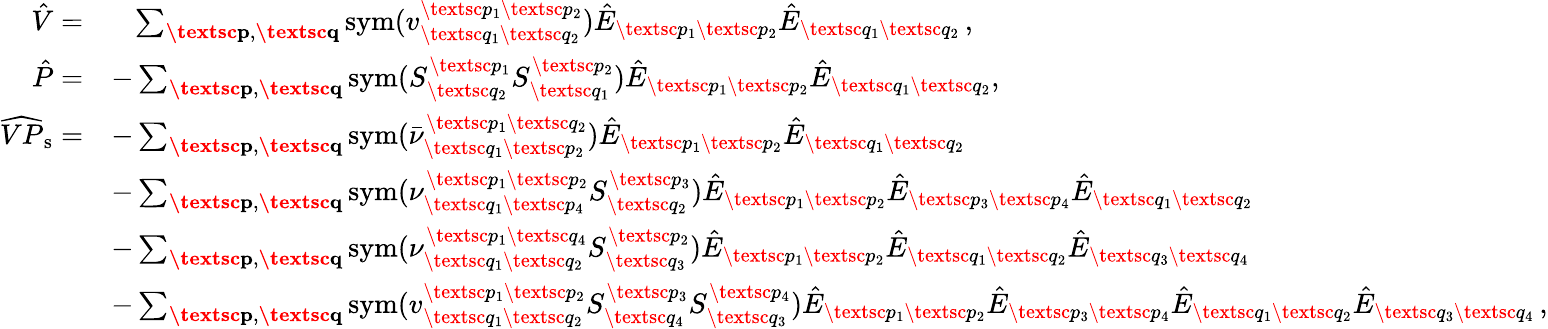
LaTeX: \begin{array}{rl}{\hat{V}=}&{\; \; \; \sum_{\textbf{\textsc{p}},\textbf{\textsc{q}}}\mathrm{sym}(v_{\textsc{q}_{1}\textsc{q}_{2}}^{\textsc{p}_{1}\textsc{p}_{2}})\hat{E}_{\textsc{p}_{1}\textsc{p}_{2}}\hat{E}_{\textsc{q}_{1}\textsc{q}_{2}}\, ,}\\ {\hat{P}=}&{-\sum_{\substack{\textbf{\textsc{p}},\textbf{\textsc{q}}}}\mathrm{sym}(S_{\textsc{q}_{2}}^{\textsc{p}_{1}}S_{\textsc{q}_{1}}^{\textsc{p}_{2}})\hat{E}_{\textsc{p}_{1}\textsc{p}_{2}}\hat{E}_{\textsc{q}_{1}\textsc{q}_{2}},\, }\\ {\widehat{VP}_{\mathrm{s}}=}&{-\sum_{\substack{\textbf{\textsc{p}},\textbf{\textsc{q}}}}\mathrm{sym}(\bar{\nu}_{\textsc{q}_{1}\textsc{p}_{2}}^{\textsc{p}_{1}\textsc{q}_{2}})\hat{E}_{\textsc{p}_{1}\textsc{p}_{2}}\hat{E}_{\textsc{q}_{1}\textsc{q}_{2}}}\\ &{-\sum_{\substack{\textbf{\textsc{p}},\textbf{\textsc{q}}}}\mathrm{sym}(\nu_{\textsc{q}_{1}\textsc{p}_{4}}^{\textsc{p}_{1}\textsc{p}_{2}}S_{\textsc{q}_{2}}^{\textsc{p}_{3}})\hat{E}_{\textsc{p}_{1}\textsc{p}_{2}}\hat{E}_{\textsc{p}_{3}\textsc{p}_{4}}\hat{E}_{\textsc{q}_{1}\textsc{q}_{2}}}\\ &{-\sum_{\substack{\textbf{\textsc{p}},\textbf{\textsc{q}}}}\mathrm{sym}(\nu_{\textsc{q}_{1}\textsc{q}_{2}}^{\textsc{p}_{1}\textsc{q}_{4}}S_{\textsc{q}_{3}}^{\textsc{p}_{2}})\hat{E}_{\textsc{p}_{1}\textsc{p}_{2}}\hat{E}_{\textsc{q}_{1}\textsc{q}_{2}}\hat{E}_{\textsc{q}_{3}\textsc{q}_{4}}}\\ &{-\sum_{\substack{\textbf{\textsc{p}},\textbf{\textsc{q}}}}\mathrm{sym}(v_{\textsc{q}_{1}\textsc{q}_{2}}^{\textsc{p}_{1}\textsc{p}_{2}}S_{\textsc{q}_{4}}^{\textsc{p}_{3}}S_{\textsc{q}_{3}}^{\textsc{p}_{4}})\hat{E}_{\textsc{p}_{1}\textsc{p}_{2}}\hat{E}_{\textsc{p}_{3}\textsc{p}_{4}}\hat{E}_{\textsc{q}_{1}\textsc{q}_{2}}\hat{E}_{\textsc{q}_{3}\textsc{q}_{4}}\, ,}\end{array}